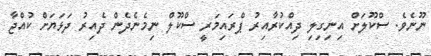
ނޫނެވެ. ސްކޫލަށް އިނިގިލި ދިއްކުރާއިރު ޕްރައިމަރީ ސްކޫލް ނިމެނެދެން ދެއިރު ދަޅަޔަށް ކުއްޖާ